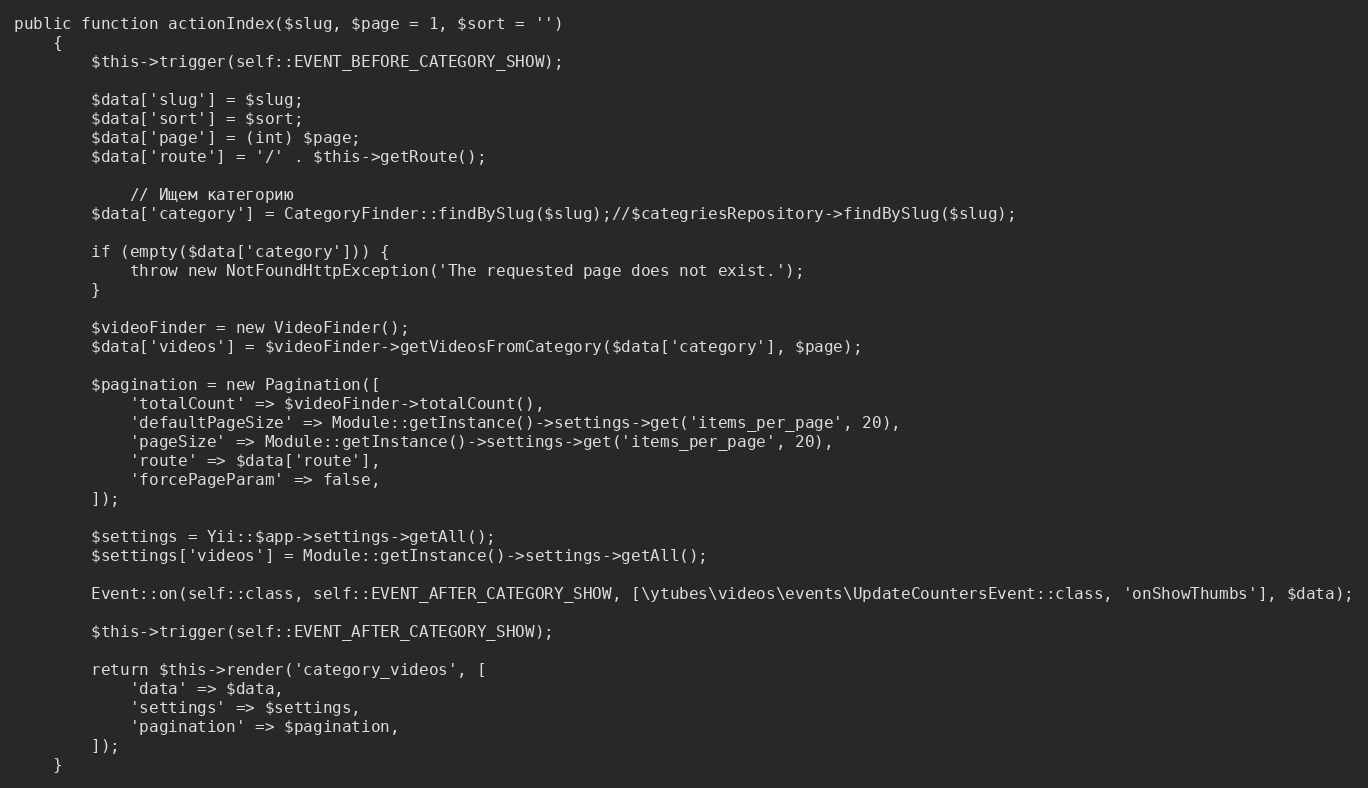
Language: PHP
public function actionIndex($slug, $page = 1, $sort = '')
    {
        $this->trigger(self::EVENT_BEFORE_CATEGORY_SHOW);

        $data['slug'] = $slug;
        $data['sort'] = $sort;
        $data['page'] = (int) $page;
        $data['route'] = '/' . $this->getRoute();

        	// Ищем категорию
        $data['category'] = CategoryFinder::findBySlug($slug);//$categriesRepository->findBySlug($slug);

		if (empty($data['category'])) {
			throw new NotFoundHttpException('The requested page does not exist.');
		}

        $videoFinder = new VideoFinder();
        $data['videos'] = $videoFinder->getVideosFromCategory($data['category'], $page);

        $pagination = new Pagination([
            'totalCount' => $videoFinder->totalCount(),
            'defaultPageSize' => Module::getInstance()->settings->get('items_per_page', 20),
            'pageSize' => Module::getInstance()->settings->get('items_per_page', 20),
            'route' => $data['route'],
            'forcePageParam' => false,
        ]);

        $settings = Yii::$app->settings->getAll();
        $settings['videos'] = Module::getInstance()->settings->getAll();

        Event::on(self::class, self::EVENT_AFTER_CATEGORY_SHOW, [\ytubes\videos\events\UpdateCountersEvent::class, 'onShowThumbs'], $data);

        $this->trigger(self::EVENT_AFTER_CATEGORY_SHOW);

        return $this->render('category_videos', [
            'data' => $data,
            'settings' => $settings,
            'pagination' => $pagination,
        ]);
    }